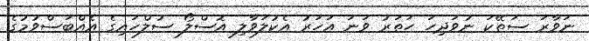
ނަވާރަ ސަތޭކަ ނުވަދިހަ ހަތަރު ވަނަ އަހަރު އެކުލަވާލި އޮސްލޯ ސުލްހައިގެ އެއްބަސްވުމުގެ